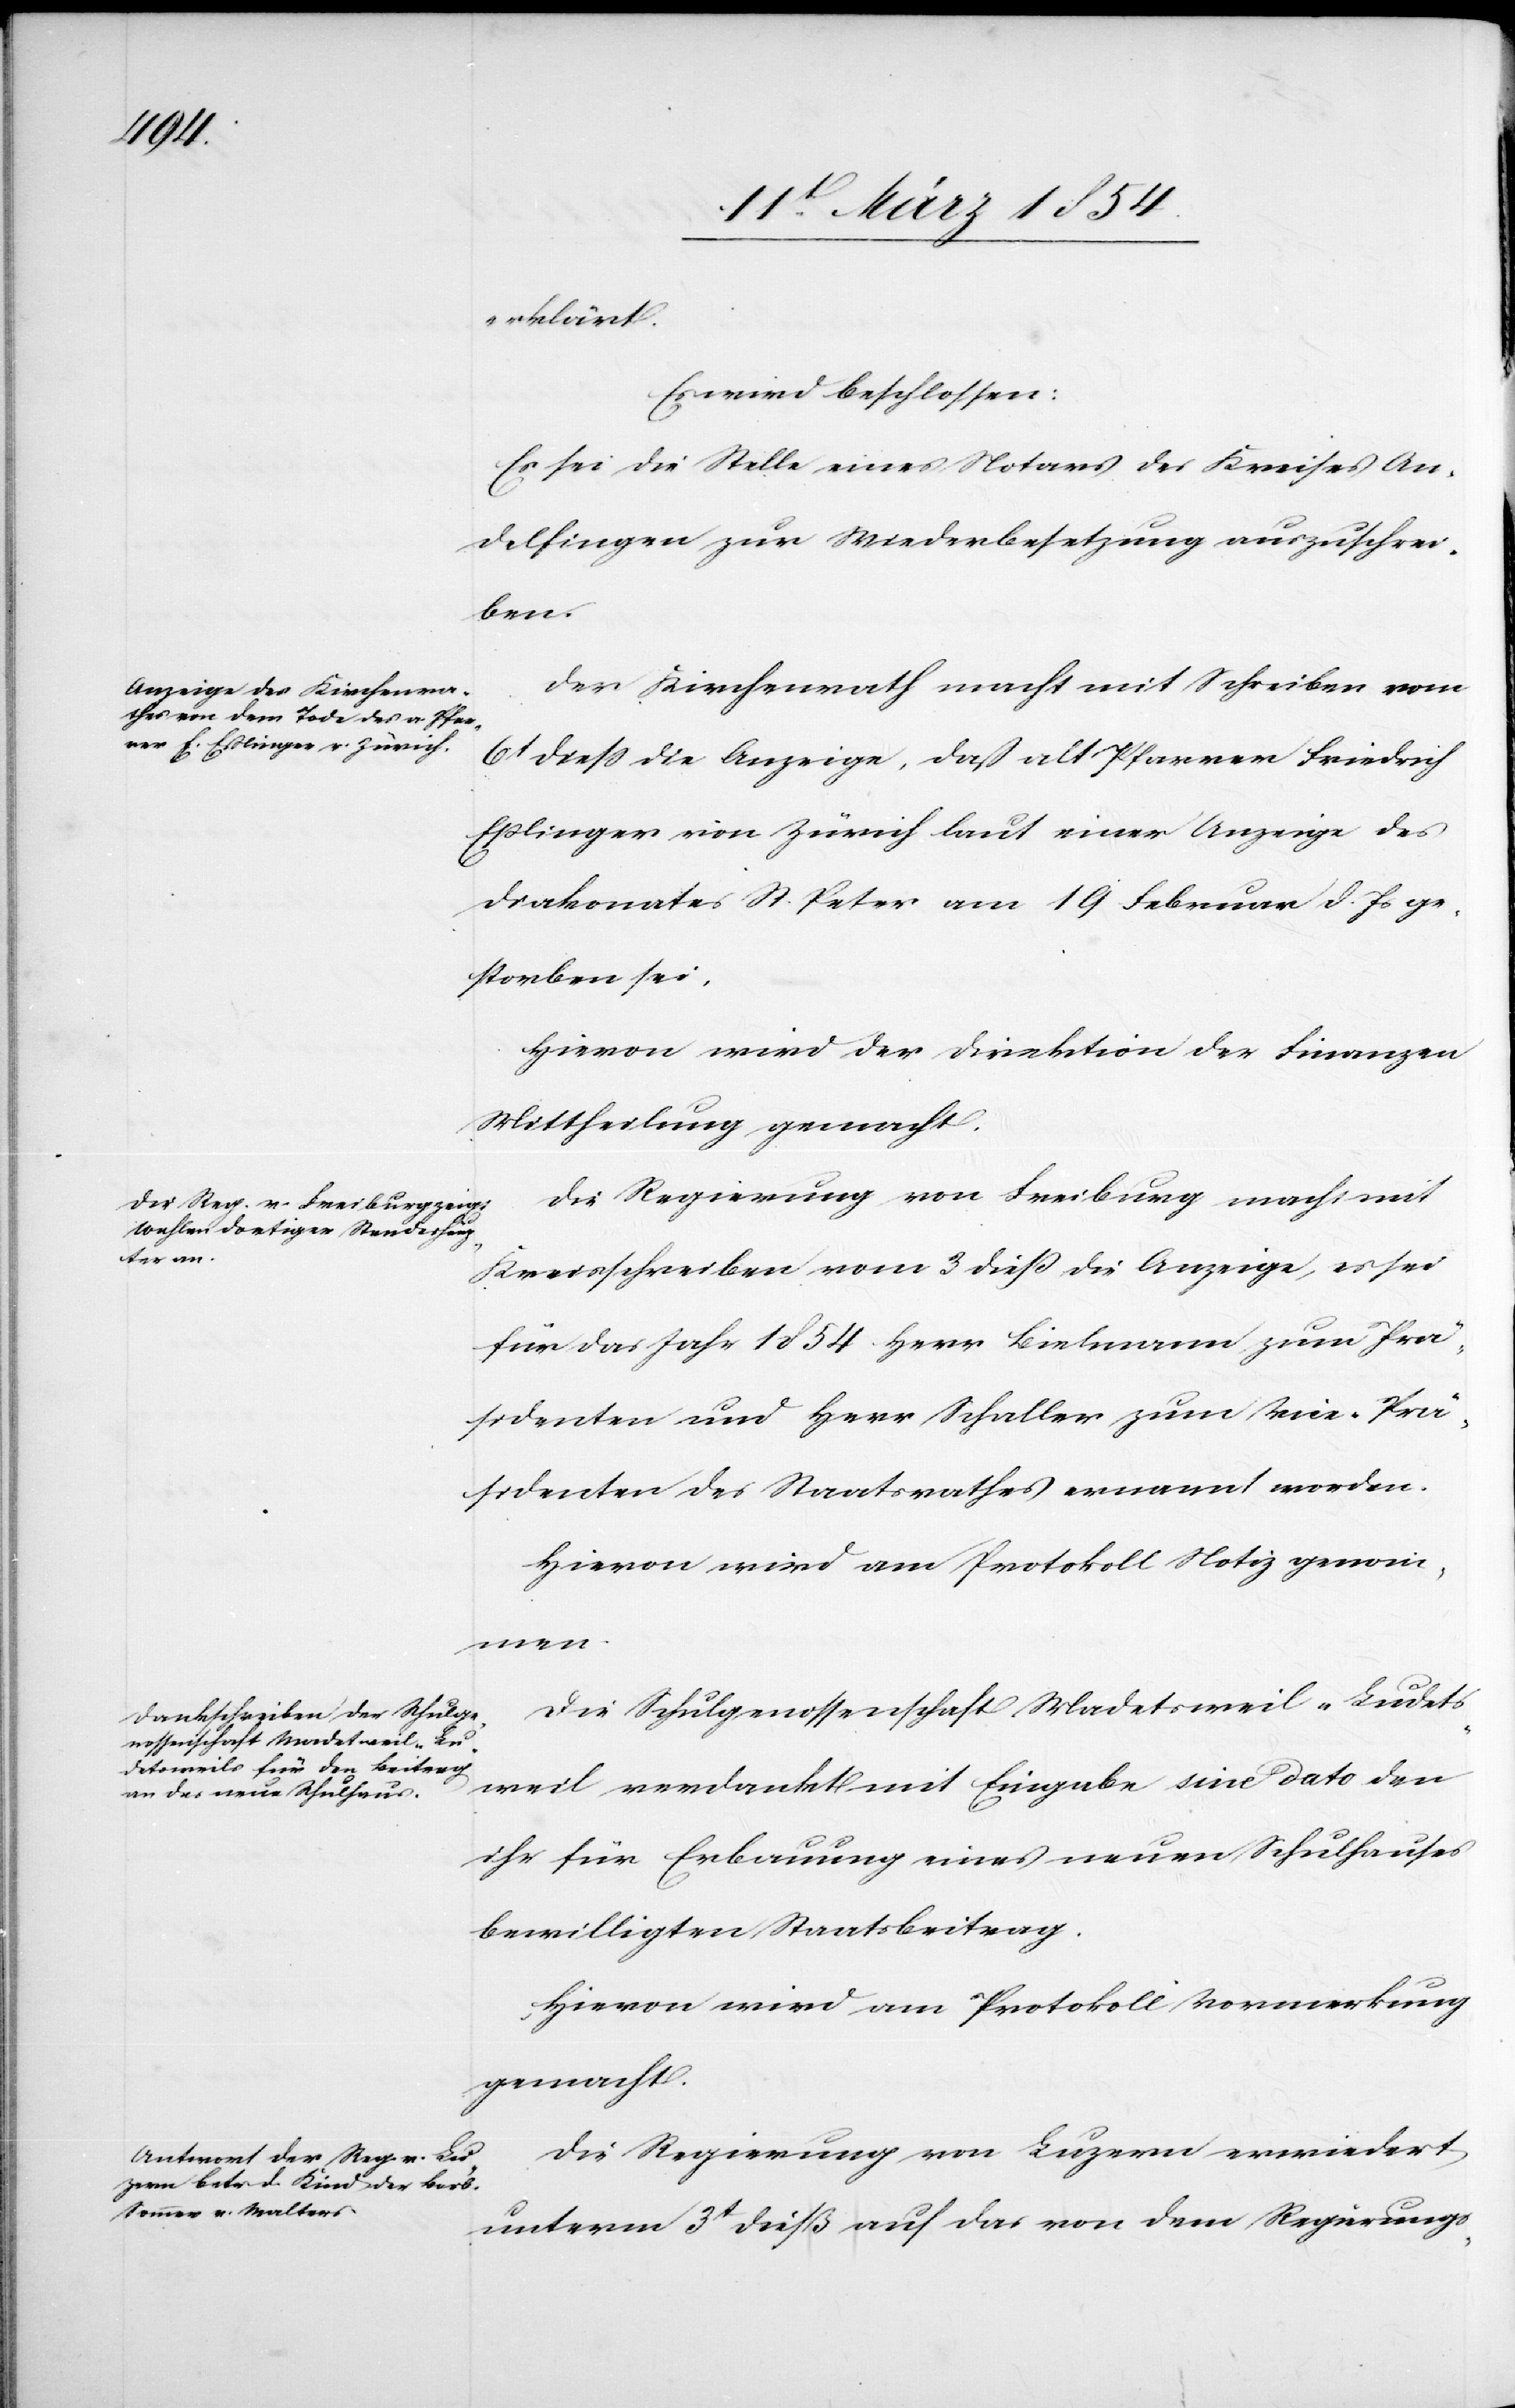
erklärt.
Es wird beschlossen:
Es sei die Stelle eines Notars des Kreises An¬
delfingen zur Wiederbesetzung auszuschrei¬
ben.
Der Kirchenrath macht mit Schreiben vom
6t dieß die Anzeige, daß alt Pfarrer Friedrich
Eßlinger von Zürich laut einer Anzeige des
Diakonates St. Peter am 19 Februar d. Js ge¬
storben sei.
Hievon wird der Direktion der Finanzen
Mittheilung gemacht.
Die Regierung von Freiburg macht mit
Kreisschreiben vom 3 dieß die Anzeige, es sei
für das Jahr 1854 Herr Bielmann zum Prä¬
sidenten und Herr Schaller zum Vice-Prä¬
sidenten des Staatsrathes ernannt worden.
Hievon wird am Protokoll Notiz genom¬
men.
Die Schulgenossenschaft Madetsweil-Ludets¬
weil verdankt mit Eingabe sine dato den
ihr für Erbauung eines neuen Schulhauses
bewilligten Staatsbeitrag.
Hievon wird am Protokoll Vormerkung
gemacht.
Die Regierung von Luzern erwiedert
unterm 3t dieß auf das von dem Regierungs-